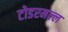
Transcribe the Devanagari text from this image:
टोडरमल्ल